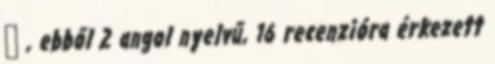
� , ebből 2 angol nyelvű, 16 recenzióra érkezett